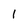
Character: 1